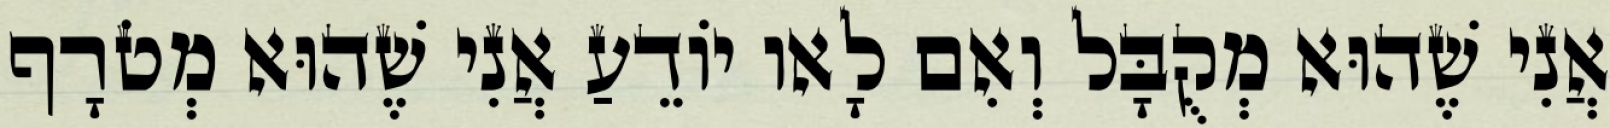
אֲנִי שֶׁהוּא מְקֻבָּל וְאִם לָאו יוֹדֵעַ אֲנִי שֶׁהוּא מְטֹרָף